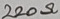
Text: 220Ω